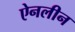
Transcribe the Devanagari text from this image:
ऐनलीन